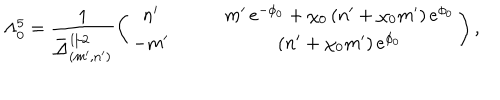
\Lambda _ { 0 } ^ { 5 } = \frac { 1 } { \bar { \Delta } _ { ( m ^ { \prime } , n ^ { \prime } ) } ^ { 1 / 2 } } \left( \begin{array} { c c } { { n ^ { \prime } \qquad } } & { { m ^ { \prime } \, e ^ { - \phi _ { 0 } } + \chi _ { 0 } \, ( n ^ { \prime } + \chi _ { 0 } m ^ { \prime } ) \, e ^ { \phi _ { 0 } } } } \\ { { - m ^ { \prime } \qquad } } & { { ( n ^ { \prime } + \chi _ { 0 } m ^ { \prime } ) \, e ^ { \phi _ { 0 } } } } \\ \end{array} \right) ,